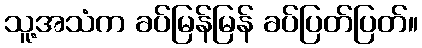
သူ့အသံက ခပ်မြန်မြန် ခပ်ပြတ်ပြတ်။